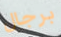
برجال